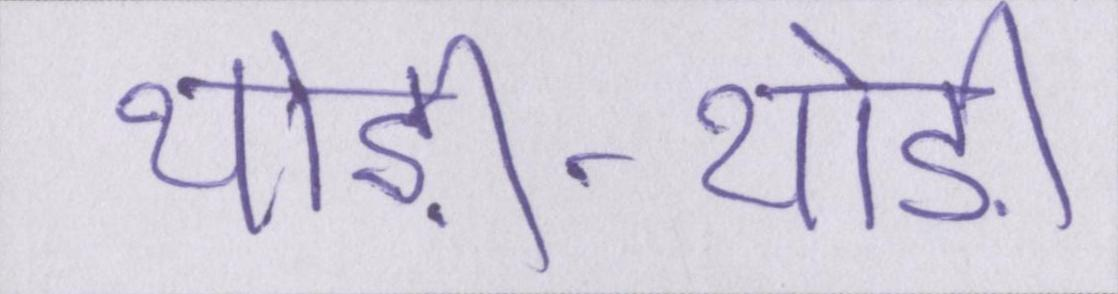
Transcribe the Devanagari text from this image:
थोड़ी-थोड़ी